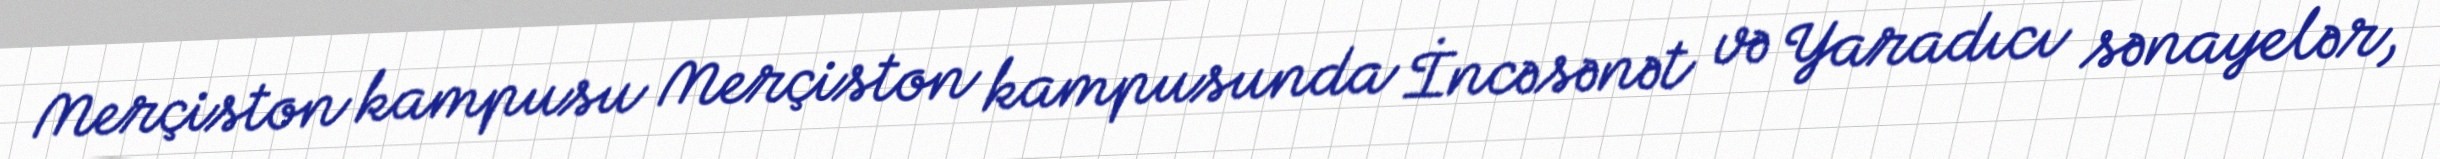
Merçiston kampusu Merçiston kampusunda İncəsənət və Yaradıcı sənayelər,